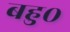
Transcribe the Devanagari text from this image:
बहु०